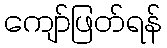
ကျော်ဖြတ်ရန်